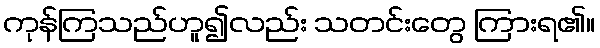
ကုန်ကြသည်ဟူ၍လည်း သတင်းတွေ ကြားရ၏။